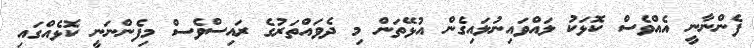
ފެންނާނީ އެއްވެސް ކޮޅަކު ލައްވައިނުލައިގެން އުޅޭތަން މި ދެވައްތަރުގެ ރައިސްވެސް މިފެންނަނީ ކޮޅެއްގައި